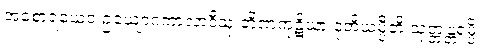
အစောရံယေဝ ဥယျောဂကာလာဒီသု တိဏကုဋိယာ ဒုတိယမ္ပီတိ သုတ္တန္တရမ္ပိ